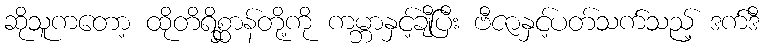
ဆိုသူကတော့ ထိုတိရိစ္ဆာန်တို့ကို ကမ္ဘာနှင့်ချီပြီး ဗီဇာနှင့်ပတ်သက်သည့် ဒက်ဒီ